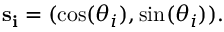
{ \bf s _ { i } } = ( \cos ( \theta _ { i } ) , \sin ( \theta _ { i } ) ) .